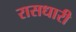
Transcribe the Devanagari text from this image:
रासधारी